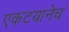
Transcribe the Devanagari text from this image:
एकटयानेच